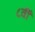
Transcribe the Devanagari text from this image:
८वीँ